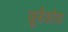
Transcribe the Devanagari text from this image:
ज्रुबैकोवा